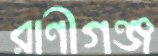
রাণীগঞ্জ